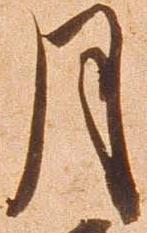
月